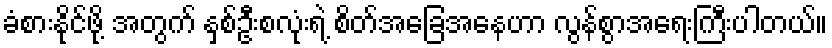
ခံစားနိုင်ဖို့ အတွက် နှစ်ဦးစလုံးရဲ့ စိတ်အခြေအနေဟာ လွန်စွာအရေးကြီးပါတယ်။